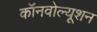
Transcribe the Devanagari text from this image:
कॉनवोल्यूशन